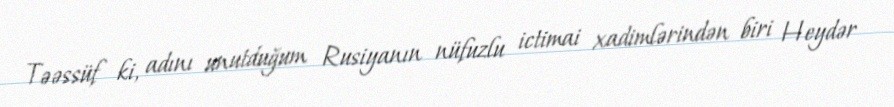
Təəssüf ki, adını unutduğum Rusiyanın nüfuzlu ictimai xadimlərindən biri Heydər